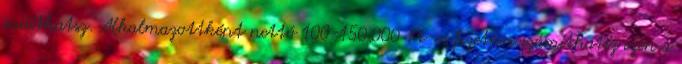
indíthatsz. Alkalmazottként nettó 100-150.000 Ft-os fizetésre számíthatsz ezen a